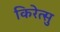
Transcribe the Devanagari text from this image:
किरेत्सु